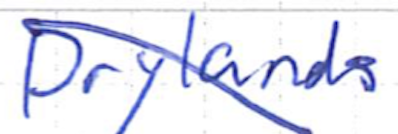
Text: Drylands
Cross-out: diagonal
Writing tool: ballpoint